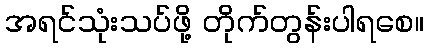
အရင်သုံးသပ်ဖို့ တိုက်တွန်းပါရစေ။